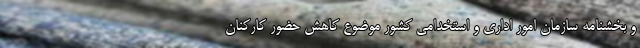
و بخشنامه سازمان امور اداری و استخدامی کشور موضوع کاهش حضور کارکنان